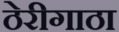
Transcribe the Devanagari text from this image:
ठेरीगाठा